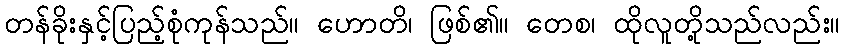
တန်ခိုးနှင့်ပြည့်စုံကုန်သည်။ ဟောတိ၊ ဖြစ်၏။ တေစ၊ ထိုလူတို့သည်လည်း။